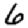
Digit: 6